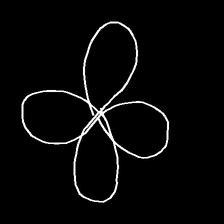
Glyph: billowing